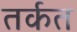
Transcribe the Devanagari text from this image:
तर्कत